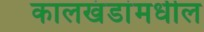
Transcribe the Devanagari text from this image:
कालखंडांमधील